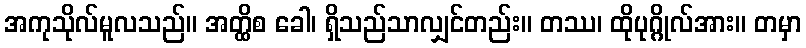
အကုသိုလ်မူလသည်။ အတ္ထိစ ခေါ၊ ရှိသည်သာလျှင်တည်း။ တဿ၊ ထိုပုဂ္ဂိုလ်အား။ တမှာ